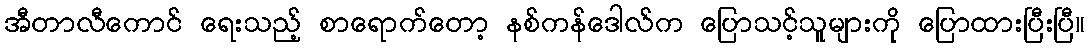
အီတာလီကောင် ရေးသည့် စာရောက်တော့ နစ်ကန်ဒေါလ်က ပြောသင့်သူများကို ပြောထားပြီးပြီ။